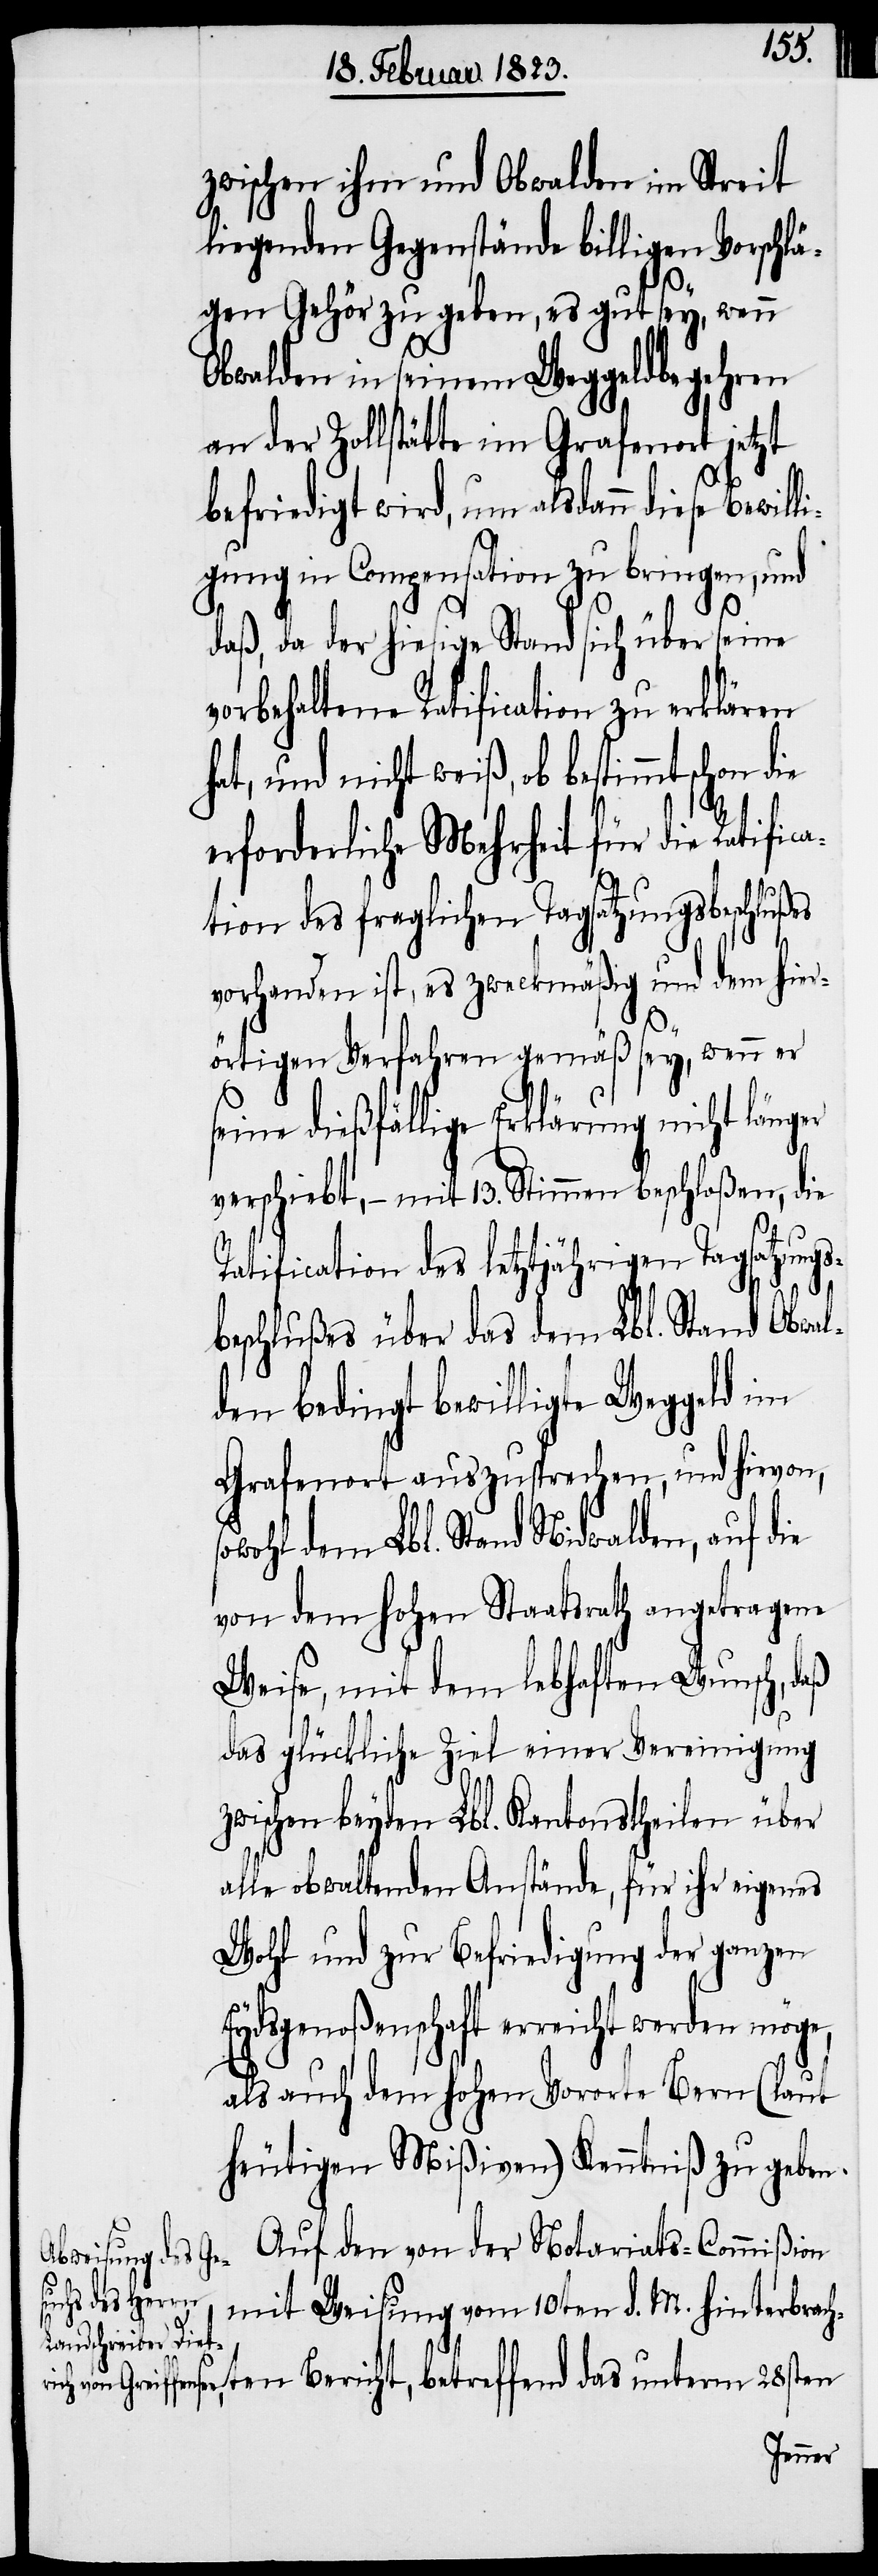
zwischen ihm und Obwalden im Streit
liegenden Gegenstände billigen Vorschlä¬
gen Gehör zu geben, es gut sey, wenn
Obwalden in seinem Weggeldbegehren
an der Zollstätte im Grafenort jetzt
befriedigt wird, um alsdann diese Bewil¬
igung in Compensation zu bringen, und
daß, da der hiesige Stand sich über seine
vorbehaltene Ratification zu erklären
hat, und nicht weiß, ob bestimmt schon die
l¬
erforderliche Mehrheit für die Ratific¬
ation des fraglichen Tagsatzungsbeschlußes
vorhanden ist, es zweckmäßig und dem hier¬
E¬
örtigen Verfahren gemäß sey, wenn er
eine dießfällige Erklärung nicht
verschiebt, – mit 13. Stimmen beschloßen, die
Ratification des letztjährigen Tagsatzungs¬
beschlußes über das dem Lbl. Stand Obwal¬
den bedingt bewilligte Weggeld im
Grafenort auszusprechen, und hievon,
owohl dem Lbl. Stand Nidwalden, auf die
von dem hohen Staatsrath angetragene
Weise, mit dem lebhaften Wunsch, daß
das glückliche Ziel einer Vereinigung
zwischen beyden Lbl. Kantonstheilen über
alle obwaltenden Anstände, für ihr eigenes
Wohl und zur Befriedigung der ganzen
ydsgenoßenschaft erreicht
als auch dem hohen Vororte Bern (laut
heutigen Mißiven) Kenntniß zu geben.
Auf den von der Notariats-Commißion
mit Weisung vom 10ten d. M. hinterbrach¬
ten Bericht, betreffend das unterm 28sten